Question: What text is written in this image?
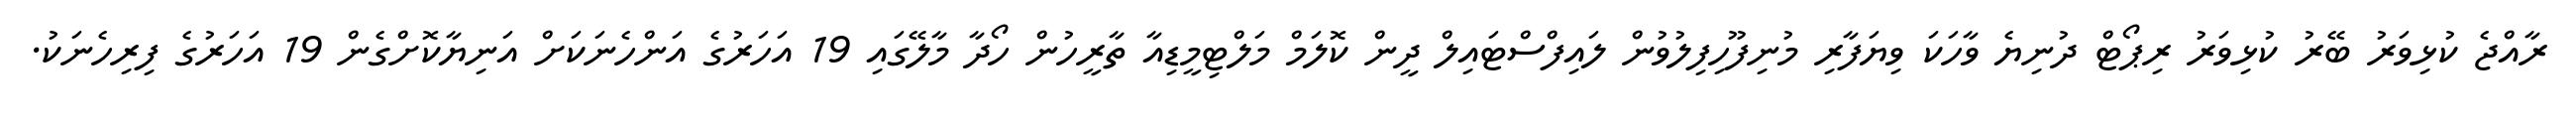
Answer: ރާއްޖެ ކުޅިވަރު ބޭރު ކުޅިވަރު ރިޕޯޓް ދުނިޔެ ވާހަކަ ވިޔަފާރި މުނިފޫހިފިލުވުން ލައިފްސްޓައިލް ދީން ކޮލަމް މަލްޓިމީޑިއާ ތާރީހުން ހޯދާ މާލޭގައި 19 އަހަރުގެ އަންހެނަކަށް އަނިޔާކޮށްގެން 19 އަހަރުގެ ފިރިހެނަކު.